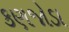
કણજોડા